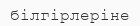
білгірлеріне